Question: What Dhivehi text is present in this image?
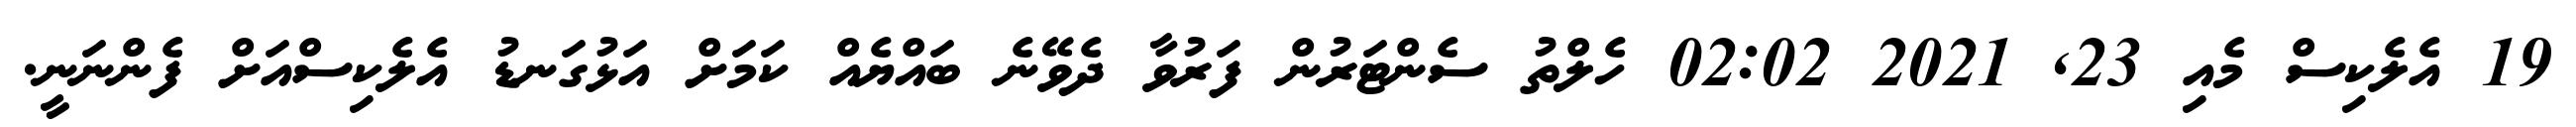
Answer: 19 އެލެކިސް މެއި 23, 2021 02:02 ހެލްތު ސެންޓަރުން ފަރުވާ ދެވޭނެ ބައްޔެއް ކަމަށް އަޅުގަނޑު އެލެކިސްއަށް ފެންނަނީ.